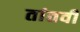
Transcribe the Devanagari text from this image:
तांतवी